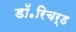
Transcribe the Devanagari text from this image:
डॉ॰रिचर्ड